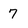
Character: 7